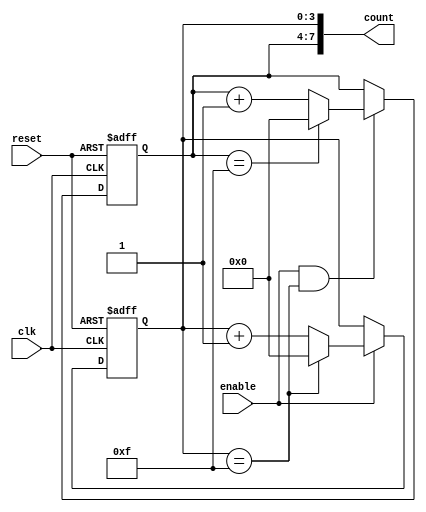
module cascaded_counter (
    input wire clk,              // Clock signal
    input wire reset,            // Reset signal
    input wire enable,           // Enable signal
    output wire [7:0] count      // 8-bit output (2 x 4-bit counters)
);

// Define the first 4-bit counter
reg [3:0] counter1;
wire carry_out1;

// Define the second 4-bit counter
reg [3:0] counter2;
wire carry_out2;

// 4-bit counter stage 1
always @(posedge clk or posedge reset) begin
    if (reset) begin
        counter1 <= 4'b0000; // Reset counter1
    end else if (enable) begin
        if (counter1 == 4'b1111) begin
            counter1 <= 4'b0000; // Reset counter1 on overflow
        end else begin
            counter1 <= counter1 + 1; // Increment counter1
        end
    end
end

// Generate carry out for stage 1
assign carry_out1 = (counter1 == 4'b1111);

// 4-bit counter stage 2
always @(posedge clk or posedge reset) begin
    if (reset) begin
        counter2 <= 4'b0000; // Reset counter2
    end else if (enable && carry_out1) begin
        if (counter2 == 4'b1111) begin
            counter2 <= 4'b0000; // Reset counter2 on overflow
        end else begin
            counter2 <= counter2 + 1; // Increment counter2
        end
    end
end

// Assign the final output
assign count = {counter2, counter1}; // Concatenate outputs of both counters

endmodule